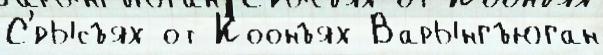
С'́рысъях от Коонъях Варынгъюган